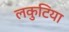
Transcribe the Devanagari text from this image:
लकुटिया